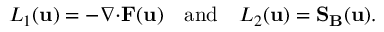
L _ { 1 } ( \mathbf { u } ) = - \boldsymbol { \nabla } { \cdot } \mathbf { F } ( \mathbf { u } ) \quad \mathrm { a n d } \quad L _ { 2 } ( \mathbf { u } ) = \mathbf { S _ { B } } ( \mathbf { u } ) .